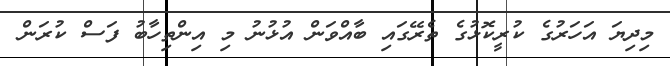
މިދިޔަ އަހަރުގެ ކުރީކޮޅުގެ ތެރޭގައި ބާއްވަން އުޅުނު މި އިންތިހާބު ފަސް ކުރަން